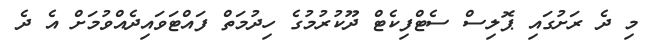
މި ދެ ރަށުގައި ޕޮލިސް ސެޓްފިކެޓް ދޫކުރުމުގެ ހިދުމަތް ފައްޓަވައިދެއްވުމަށް އެ ދެ